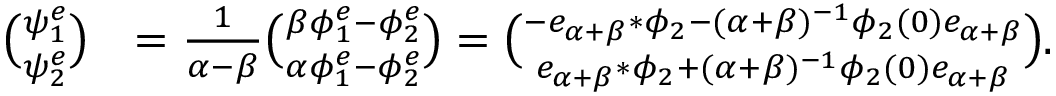
\begin{array} { r l } { \binom { \psi _ { 1 } ^ { e } } { \psi _ { 2 } ^ { e } } } & { = \frac 1 { \alpha - \beta } \binom { \beta \phi _ { 1 } ^ { e } - \phi _ { 2 } ^ { e } } { \alpha \phi _ { 1 } ^ { e } - \phi _ { 2 } ^ { e } } = \binom { - e _ { \alpha + \beta } * \phi _ { 2 } - ( \alpha + \beta ) ^ { - 1 } \phi _ { 2 } ( 0 ) e _ { \alpha + \beta } } { e _ { \alpha + \beta } * \phi _ { 2 } + ( \alpha + \beta ) ^ { - 1 } \phi _ { 2 } ( 0 ) e _ { \alpha + \beta } } . } \end{array}